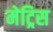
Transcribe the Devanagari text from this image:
मेट्रिस